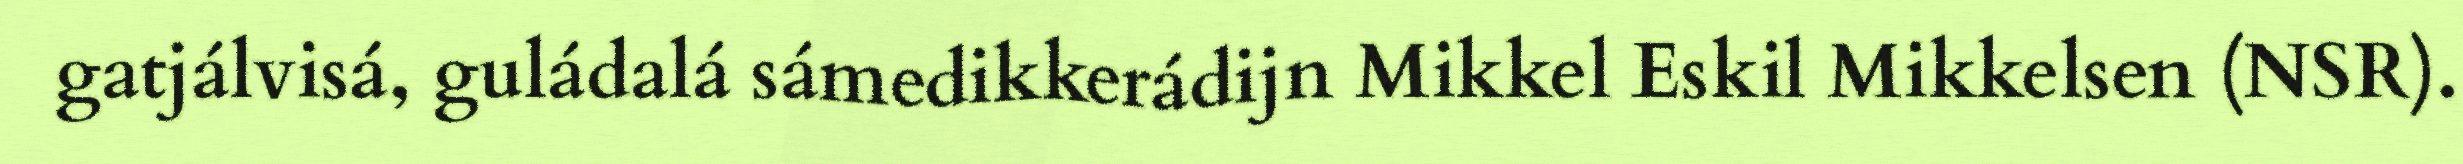
gatjálvisá, guládalá sámedikkerádijn Mikkel Eskil Mikkelsen (NSR).